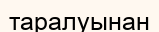
таралуынан